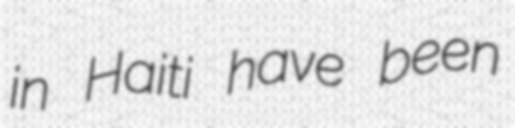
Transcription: in Haiti have been